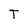
Character: T